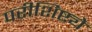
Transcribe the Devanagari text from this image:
परीशिष्ट्ये